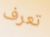
تعرف